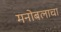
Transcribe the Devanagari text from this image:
मनोबलाचा